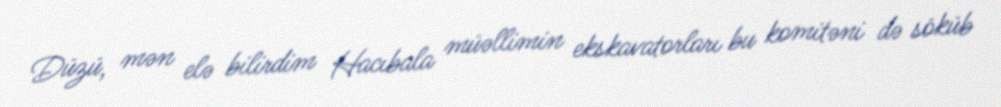
Düzü, mən elə bilirdim Hacıbala müəllimin ekskavatorları bu komitəni də söküb